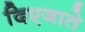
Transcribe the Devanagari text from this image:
दिएजाते